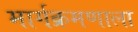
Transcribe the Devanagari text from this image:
मार्गक्रमणाला